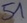
Text: 51